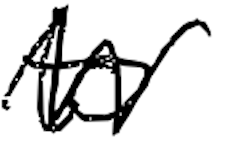
Text: to
Cross-out: zig-zag
Writing tool: digital_black